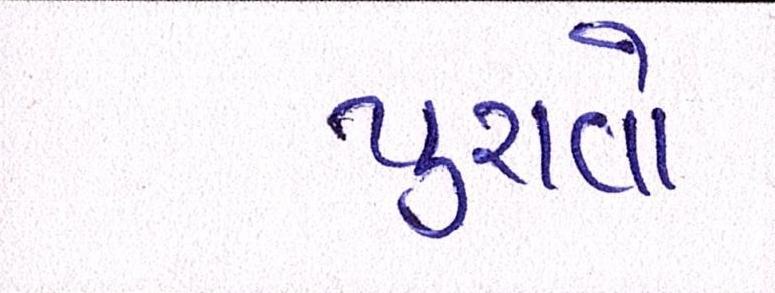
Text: પુરાવો